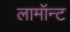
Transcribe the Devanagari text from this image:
लामॉन्ट